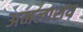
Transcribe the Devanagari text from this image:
अमलाशय